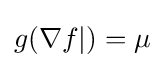
\textstyle g(\nabla f|)=\mu